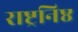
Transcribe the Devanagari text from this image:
राष्ट्रनिष्ठ